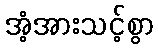
အံ့အားသင့်စွာ